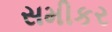
સમીકર